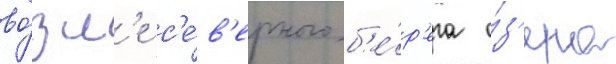
во́зл'е с'е́в'ерного б'е́р'ега о́з'ера